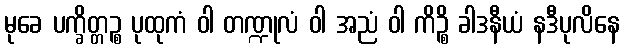
မုခေ ပက္ခိတ္တဉ္စ ပုထုကံ ဝါ တဏ္ဍုလံ ဝါ အညံ ဝါ ကိဉ္စိ ခါဒနီယံ နဒီပုလိနေ